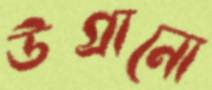
উগ্‌রানো